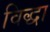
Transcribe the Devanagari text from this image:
विद्धा